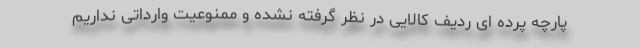
پارچه پرده ای ردیف کالایی در نظر گرفته نشده و ممنوعیت وارداتی نداریم